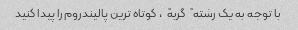
با توجه به یک رشته "گربه"، کوتاه ترین پالیندروم را پیدا کنید